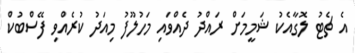
އެ ޗެޓު ލޮގާއެކު ޝަމީމަށް ރައްދު ދެއްވައި މަހުލޫފު މިއަދު ކުރެއްވި ފޭސްބުކް